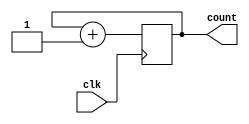
module synchronous_counter (
input wire clk,
output reg [3:0] count
);

always @(posedge clk) begin
    count <= count + 4'b0001;
end

endmodule